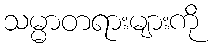
သမ္မာတရားများကို